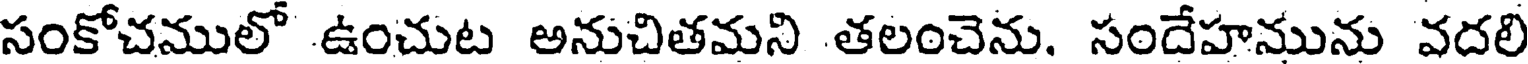
సంకోచములో ఉంచుట అనుచితమని తలంచెను. సందేహమును వదలి